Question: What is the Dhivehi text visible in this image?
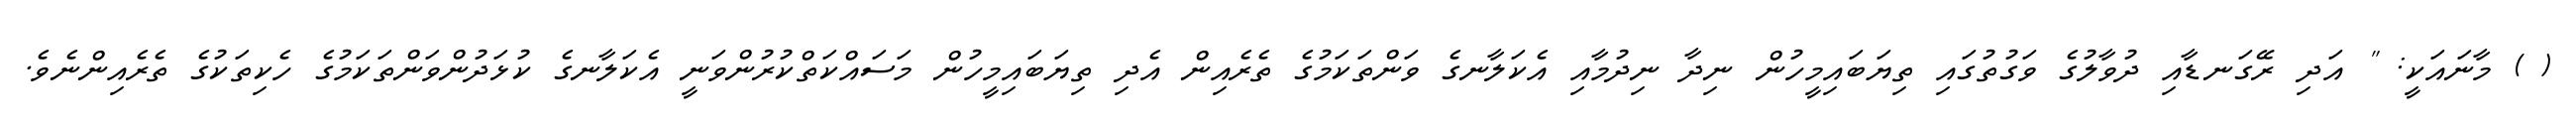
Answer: ( ) މާނައަކީ: " އަދި ރޭގަނޑާއި ދުވާލުގެ ވަގުތުގައި ތިޔަބައިމީހުން ނިދާ ނިދުމާއި އެކަލާނގެ ވަންތަކަމުގެ ތެރެއިން އެދި ތިޔަބައިމީހުން މަސައްކަތްކުރުންވަނީ އެކަލާނގެ ކުޅަދުންވަންތަކަމުގެ ހެކިތަކުގެ ތެރެއިންނެވެ.